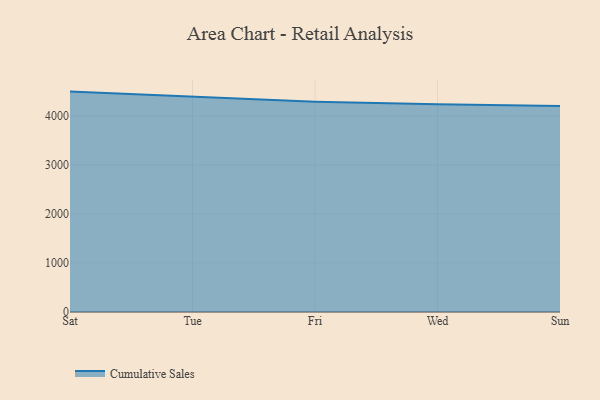
{"axis": {"x": "Day", "y": "Bounce Rate (%)"}, "legend": ["Cumulative Sales"], "data": [{"x": "Sat", "y": 4496.7, "type": "Cumulative Sales"}, {"x": "Tue", "y": 4400.2, "type": "Cumulative Sales"}, {"x": "Fri", "y": 4289.3, "type": "Cumulative Sales"}, {"x": "Wed", "y": 4236.2, "type": "Cumulative Sales"}, {"x": "Sun", "y": 4201.8, "type": "Cumulative Sales"}]}